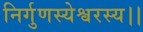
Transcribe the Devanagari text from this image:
निर्गुणस्येश्वरस्य।।